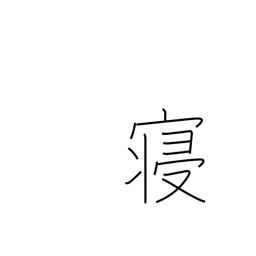
Meaning: lie down